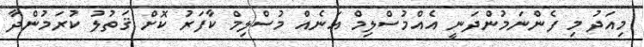
މިއަދު މި ފެންނަމުންދަނީ އެއްމުސްލިމް އަނެއް މުސްލިމް ކާފަރު ކޮށް ޤަތުލު ކުރަމުންދާ